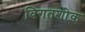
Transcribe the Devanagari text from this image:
विगतशोक